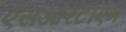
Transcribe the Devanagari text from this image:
एसआरटीएम